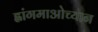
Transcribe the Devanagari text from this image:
ह्वांगमाओच्यान